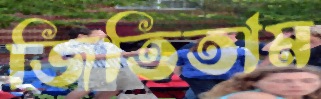
জিতিতাম